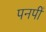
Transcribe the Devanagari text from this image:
पनपीं